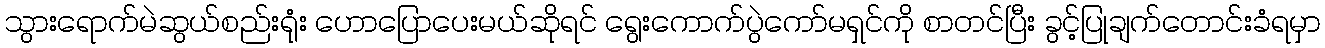
သွားရောက်မဲဆွယ်စည်းရုံး ဟောပြောပေးမယ်ဆိုရင် ရွေးကောက်ပွဲကော်မရှင်ကို စာတင်ပြီး ခွင့်ပြုချက်တောင်းခံရမှာ